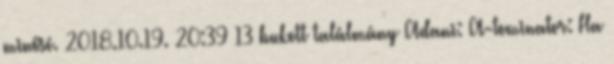
minősé. 2018.10.19. 20:39 13 bukott találmány Adani: A-tominator: Ha